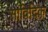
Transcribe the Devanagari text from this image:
सांविदिक